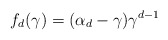
\begin{align*}f_d(\gamma) = (\alpha_d - \gamma)\gamma^{d - 1}\end{align*}